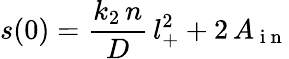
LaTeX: s(0)=\frac{k_{2}\, n}{D}\, l_{+}^{2}+2\, A_{\mathrm{~i~n~}}